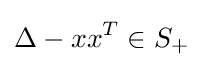
\Delta -xx^{T}\in S_{+}